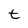
Character: t